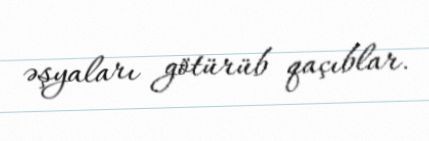
əşyaları götürüb qaçıblar.